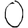
Digit: 0